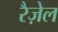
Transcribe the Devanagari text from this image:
रैज़ेल